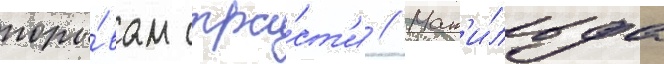
поры́вам стра́ст'и // Мат'и́льда